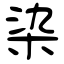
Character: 染